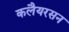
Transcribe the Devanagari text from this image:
कलैयरसन